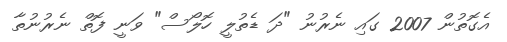
އެގޮތުން 2007 ގައި ނެރުނު "ދަ ޑެތުލީ ހޮލޯސް" ވަނީ ފޮތް ނެރުނުތާ